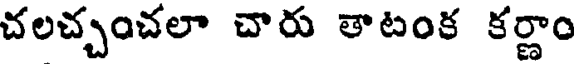
చలచ్చంచలా చారు తాటంక కర్ణాం